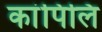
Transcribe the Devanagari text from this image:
कांपिलि